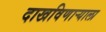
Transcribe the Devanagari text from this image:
दाखविणाऱ्याला